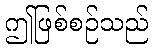
ဤဖြစ်စဉ်သည်